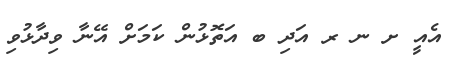
އެއީ ށ ނ ރ އަދި ބ އަތޮޅުން ކަމަށް އޭނާ ވިދާޅުވި